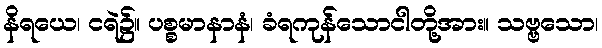
နိရယေ၊ ငရဲ၌။ ပစ္စမာနာနံ၊ ခံရကုန်သောငါတို့အား။ သဗ္ဗသော၊